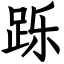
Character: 跞